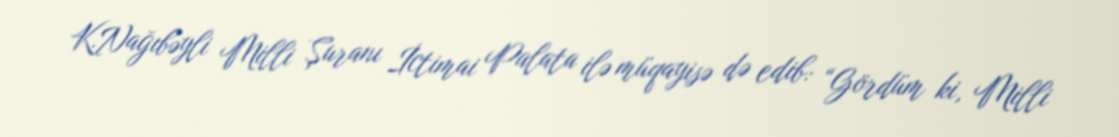
K.Nağıbəyli Milli Şuranı İctimai Palata ilə müqayisə də edib: “Gördüm ki, Milli